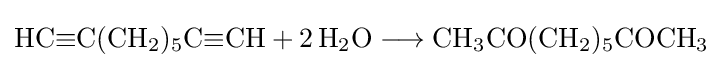
{\mathrm {HC} {\equiv }\mathrm {C} (\mathrm {CH} {\vphantom {A}}_{\smash[{t}]{2}}){\vphantom {A}}_{\smash[{t}]{5}}\mathrm {C} {\equiv }\mathrm {CH} {}+{}2\,\mathrm {H} {\vphantom {A}}_{\smash[{t}]{2}}\mathrm {O} {}\mathrel {\longrightarrow } {}\mathrm {CH} {\vphantom {A}}_{\smash[{t}]{3}}\mathrm {CO} (\mathrm {CH} {\vphantom {A}}_{\smash[{t}]{2}}){\vphantom {A}}_{\smash[{t}]{5}}\mathrm {COCH} {\vphantom {A}}_{\smash[{t}]{3}}}